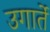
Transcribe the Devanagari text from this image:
उगार्ते